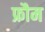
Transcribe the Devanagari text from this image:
फ्रौम